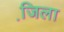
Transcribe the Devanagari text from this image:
जि़ला